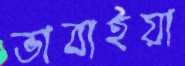
ভাবাইয়া